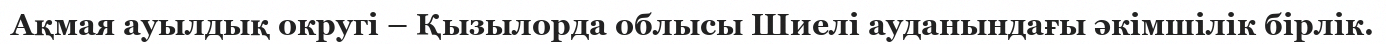
Ақмая ауылдық округі – Қызылорда облысы Шиелі ауданындағы әкімшілік бірлік.